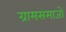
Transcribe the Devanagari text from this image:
ग्रामसमाजों